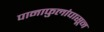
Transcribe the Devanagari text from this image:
पानाफुलांपासून